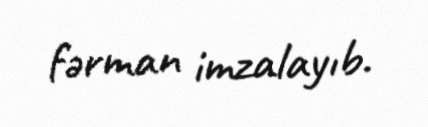
fərman imzalayıb.